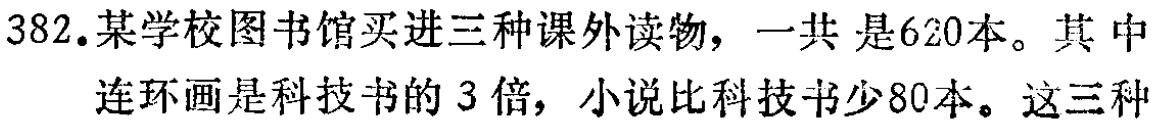
382.某学校图书馆买进三种课外读物，一共 是620本。其 中连环画是科技书的 3 倍，小说比科技书少80本。这三种